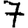
Digit: 7